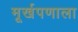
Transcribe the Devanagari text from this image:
मूर्खपणाला